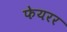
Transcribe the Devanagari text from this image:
फेयरर